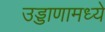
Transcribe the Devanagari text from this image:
उड्डाणामध्ये